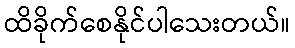
ထိခိုက်စေနိုင်ပါသေးတယ်။